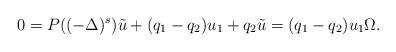
LaTeX: \begin{align*} 0 = P( (-\Delta)^s) \tilde{u} + (q_1-q_2)u_1 + q_2 \tilde{u} = (q_1-q_2)u_1 \Omega. \end{align*}